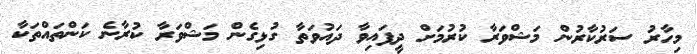
މިހާރު ސަރުކާރުން މަޝްވަރާ ކުރުމަށް ދީފައިވާ ދައުވަތާ ގުޅިގެން މަޝްވަރާ ކުރާނެ ކަންތައްތަކާ